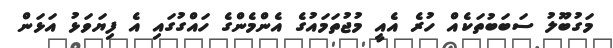
މަގުބޫލު ސަބަބުތަކެއް ހުރެ އެއީ މުޖުތަމައުގެ އެންމެންގެ ހައްގުގައި އެ ފިޔަވަޅު އަޅަން